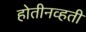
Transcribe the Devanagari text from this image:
होतीनव्हती